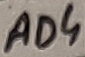
Text: AD4